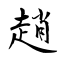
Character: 趙